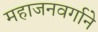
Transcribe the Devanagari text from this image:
महाजनवर्गाने